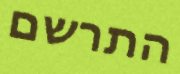
התרשם